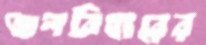
জলবিহারের